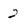
Character: 2